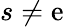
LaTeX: s\neq\mathrm{e}